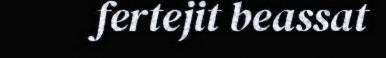
fertejit beassat